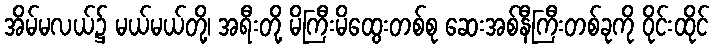
အိမ်မလယ်၌ မယ်မယ်တို့၊ အရီးတို့ မိကြီးမိထွေးတစ်စု ဆေးအစ်နီကြီးတစ်ခုကို ဝိုင်းထိုင်